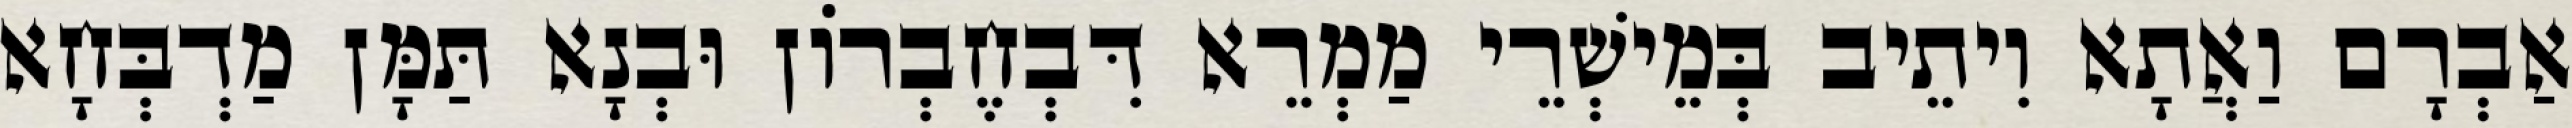
אַבְרָם וַאֲתָא וִיתֵיב בְּמֵישְׁרֵי מַמְרֵא דִּבְחֶבְרוֹן וּבְנָא תַּמָּן מַדְבְּחָא